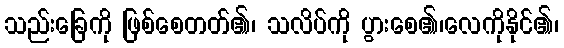
သည်းခြေကို ဖြစ်စေတတ်၏၊ သလိပ်ကို ပွားစေ၏၊လေကိုနိုင်၏၊